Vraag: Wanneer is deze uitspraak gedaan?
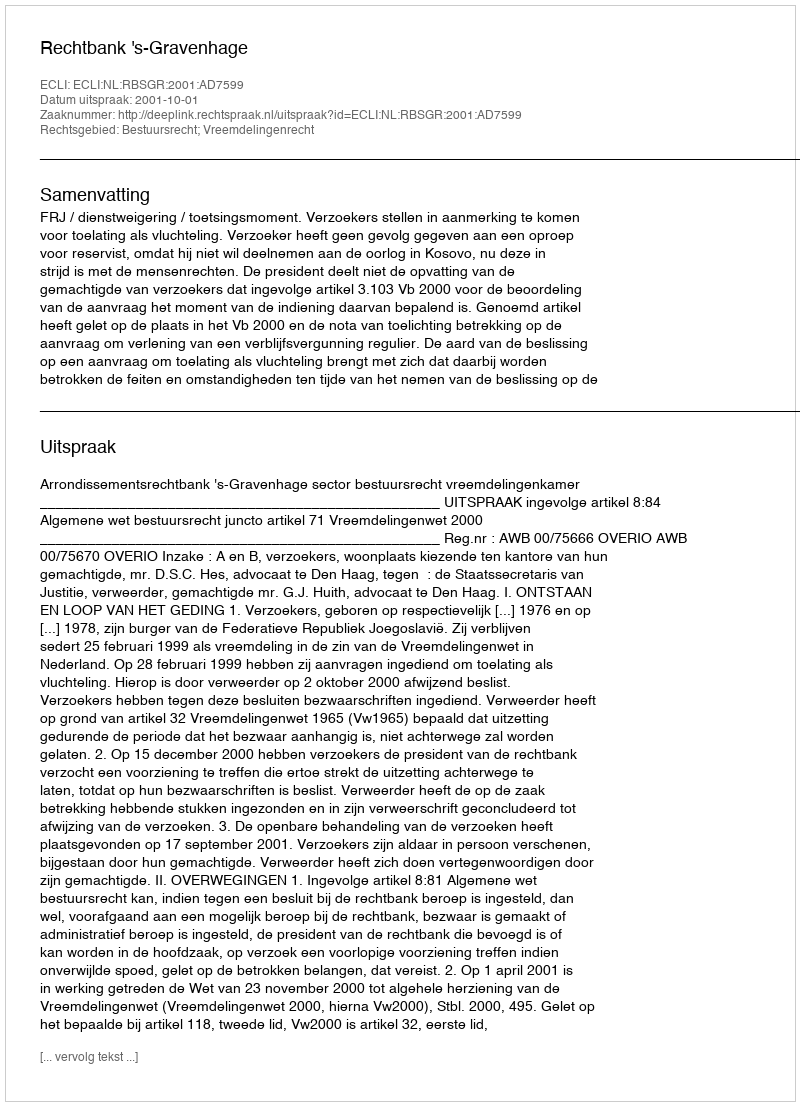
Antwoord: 2001-10-01